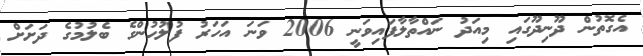
އެގޮތުން ދޫނިދޫގައި މިއަދު ނައްތާލާފައިވަނީ 2006 ވަނަ އަހަރު ފުލުހުންގެ ބެލުމުގެ ދަށަށް